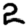
Digit: 2